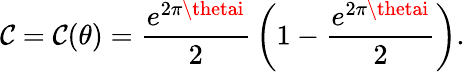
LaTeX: \mathcal{C}=\mathcal{C}(\theta)={\frac{{e^{2\pi\thetai}}}{{2}}}\left(1-{\frac{{e^{2\pi\thetai}}}{{2}}}\right).